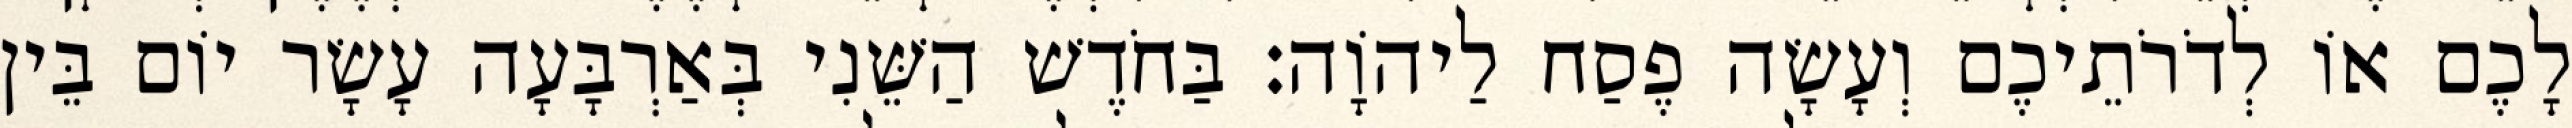
לָכֶם אוֹ לְדֹרֹתֵיכֶם וְעָשָׂה פֶסַח לַיהוָֹה׃ בַּחֹדֶשׁ הַשֵּׁנִי בְּאַרְבָּעָה עָשָׂר יוֹם בֵּין